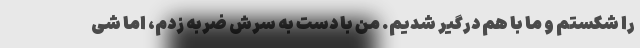
را شکستم و ما با هم درگیر شدیم. من با دست به سرش ضربه زدم، اما شی